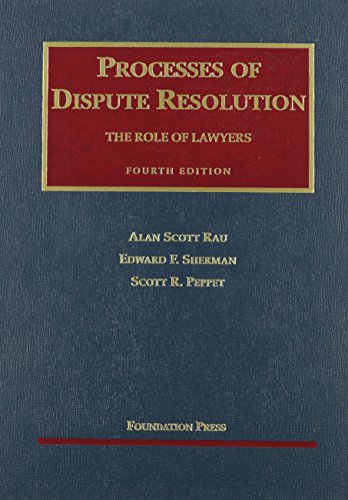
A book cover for Processes of Dispute Resolution: he Role of Lawyers, 4th (University Casebook Series); Alan Rau; Law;